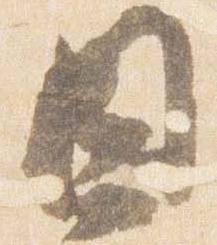
日